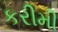
કરીમી